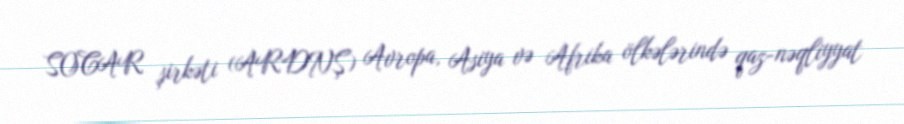
SOCAR şirkəti (ARDNŞ) Avropa, Asiya və Afrika ölkələrində qaz-nəqliyyat